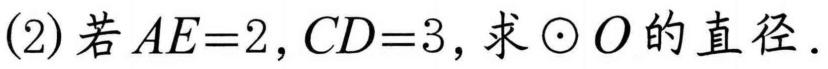
(2) 若\(AE = 2\), \(CD = 3\), 求\(\odot O\)的直径.